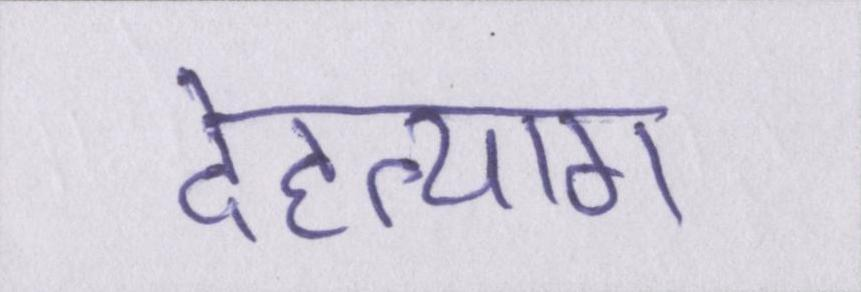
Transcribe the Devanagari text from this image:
देहत्याग